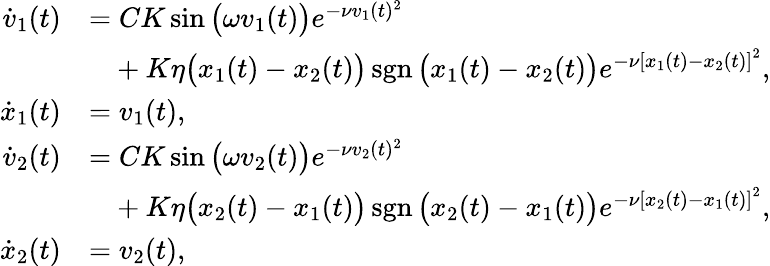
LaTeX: \begin{array}{rl}{\dot{v}_{1}(t)}&{=CK\sin\big(\omega{v}_{1}(t)\big)e^{-\nu{v}_{1}(t)^{2}}}\\ &{\phantom{=}+K\eta\big({x}_{1}(t)-{x}_{2}(t)\big)\operatorname{sgn}\big({x}_{1}(t)-{x}_{2}(t)\big)e^{-\nu\left[{x}_{1}(t)-{x}_{2}(t)\right]^{2}},}\\ {\dot{x}_{1}(t)}&{=v_{1}(t),}\\ {\dot{v}_{2}(t)}&{=CK\sin\big(\omega{v}_{2}(t)\big)e^{-\nu{v}_{2}(t)^{2}}}\\ &{\phantom{=}+K\eta\big({x}_{2}(t)-{x}_{1}(t)\big)\operatorname{sgn}\big({x}_{2}(t)-{x}_{1}(t)\big)e^{-\nu\left[{x}_{2}(t)-{x}_{1}(t)\right]^{2}},}\\ {\dot{x}_{2}(t)}&{=v_{2}(t),}\end{array}